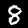
Label: 8